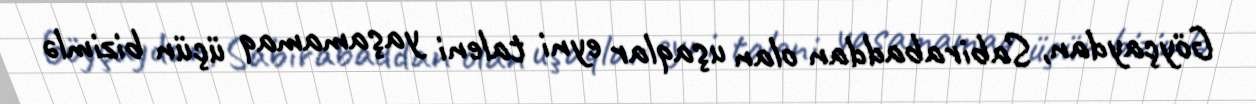
Göyçaydan, Sabirabaddan olan uşaqlar eyni taleni yaşamamaq üçün bizimlə